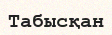
Табысқан